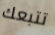
تتبعك